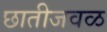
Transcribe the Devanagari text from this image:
छातीजवळ